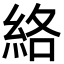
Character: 絡